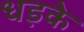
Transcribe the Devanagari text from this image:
धड़के